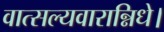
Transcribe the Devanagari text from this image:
वात्सल्यवारान्निधे।